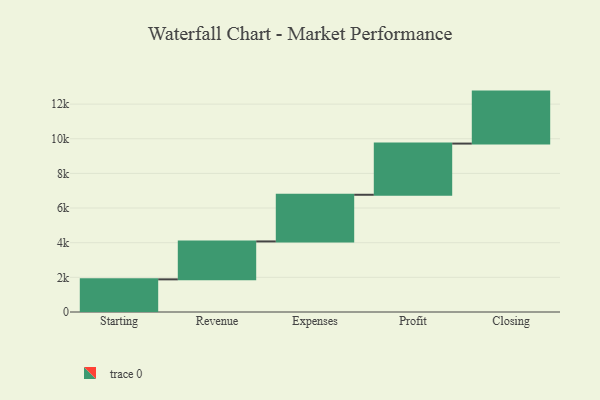
{"axis": {"x": "Step", "y": "Value"}, "legend": [""], "data": [{"x": "Starting", "y": 1884.0, "type": ""}, {"x": "Revenue", "y": 2189.0, "type": ""}, {"x": "Expenses", "y": 2693.0, "type": ""}, {"x": "Profit", "y": 2954.0, "type": ""}, {"x": "Closing", "y": 3000, "type": ""}]}